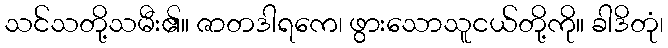
သင်သတို့သမီး၏။ ဇာတဒါရကေ၊ ဖွားသောသူငယ်တို့ကို။ ခါဒိတုံ၊